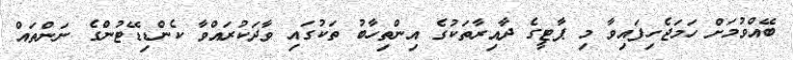
ބޭއްވުމަށް ހަމަޖެހިފައިވާ މި ޕާޓީގެ ދާއިރާތަކުގެ އިންތިހާބު ތަކުގައި ވާދަކުރައްވާ ކެންޑިޑޭޓުންގެ ނަންތައް